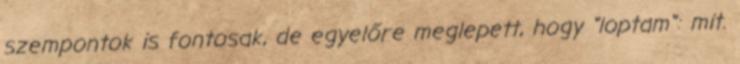
szempontok is fontosak, de egyelőre meglepett, hogy "loptam": mit.